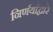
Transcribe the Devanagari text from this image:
निर्णयांद्वारे